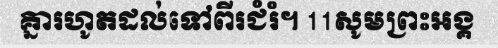
គ្នារហូតដល់ទៅពីរជំរំ។ 11សូមព្រះអង្គ